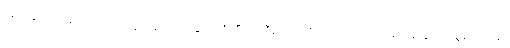
လူတွေကလည်း အလားတူ နေရောင်ခြည်သုံးပြီး ကစီဓာတ်လိုက်ထုတ်မယ်ဆိုရင် ရနိုင်တဲ့ စွမ်းအင်ရဲ့